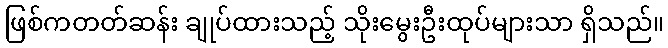
ဖြစ်ကတတ်ဆန်း ချုပ်ထားသည့် သိုးမွေးဦးထုပ်များသာ ရှိသည်။